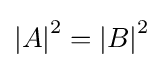
\left|A\right|^{2}=\left|B\right|^{2}